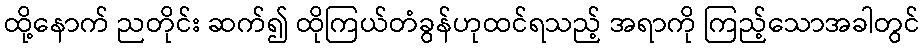
ထို့နောက် ညတိုင်း ဆက်၍ ထိုကြယ်တံခွန်ဟုထင်ရသည့် အရာကို ကြည့်သောအခါတွင်